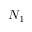
N _ { 1 }